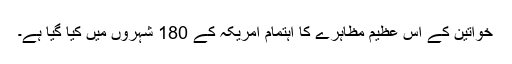
خواتین کے اس عظیم مظاہرے کا اہتمام امریکہ کے 180 شہروں میں کیا گیا ہے۔